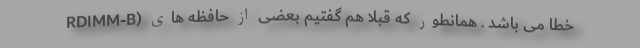
خطا می باشد . همانطور که قبلا هم گفتیم بعضی از حافظه های (RDIMM-B